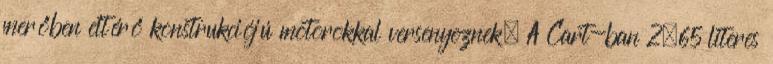
merőben eltérő konstrukciójú motorokkal versenyeznek. A Cart-ban 2,65 literes